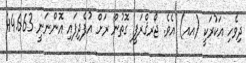
ދިވެހި އަކުރަކީ (އއ) އެވެ. ޖޯރޤްރަފީ ގޮތުން ރަށް އުފެދިފައި އޮންނަނީ 44.663